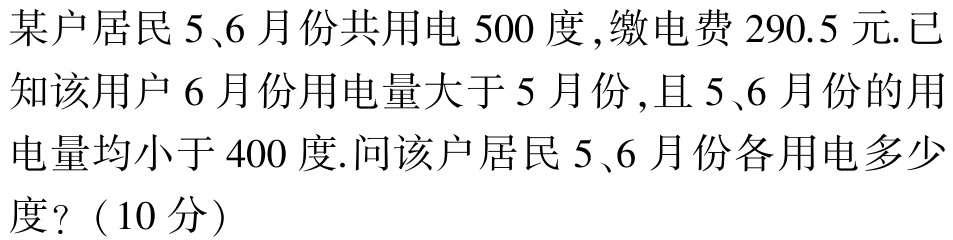
某户居民5、6月份共用电500度,缴电费290.5元.已知该用户6月份用电量大于5月份,且5、6月份的用电量均小于400度.问该户居民5、6月份各用电多少度?（10分）